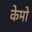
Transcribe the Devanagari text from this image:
केमो